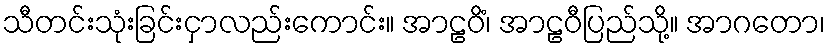
သီတင်းသုံးခြင်းငှာလည်းကောင်း။ အာဠဝိံ၊ အာဠဝီပြည်သို့။ အာဂတော၊